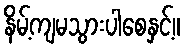
နိမ့်ကျမသွားပါစေနှင့်။